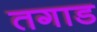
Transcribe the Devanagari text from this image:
तगाड